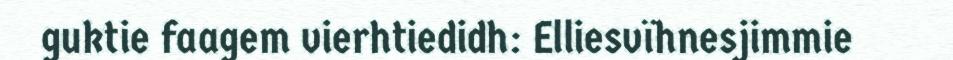
guktie faagem vierhtiedidh: Elliesvïhnesjimmie